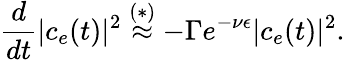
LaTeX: \frac{d}{dt}|c_{e}(t)|^{2}\overset{(*)}{\approx}-\Gamma e^{-\nu\epsilon}|c_{e}(t)|^{2}.